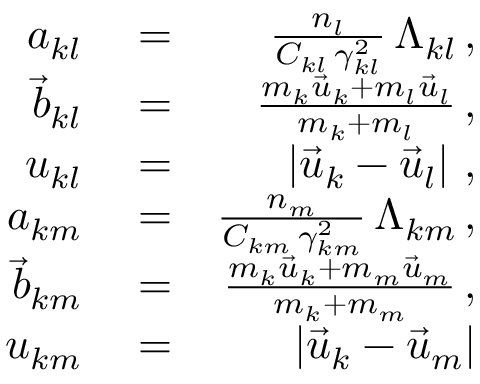
\begin{array} { r l r } { a _ { k l } } & { { } = } & { \frac { n _ { l } } { C _ { k l } \, \gamma _ { k l } ^ { 2 } } \, \Lambda _ { k l } \, , } \\ { \vec { b } _ { k l } } & { { } = } & { \frac { m _ { k } \vec { u } _ { k } + m _ { l } \vec { u } _ { l } } { m _ { k } + m _ { l } } \, , } \\ { u _ { k l } } & { { } = } & { \left| \vec { u } _ { k } - \vec { u } _ { l } \right| \, , } \\ { a _ { k m } } & { { } = } & { \frac { n _ { m } } { C _ { k m } \, \gamma _ { k m } ^ { 2 } } \, \Lambda _ { k m } \, , } \\ { \vec { b } _ { k m } } & { { } = } & { \frac { m _ { k } \vec { u } _ { k } + m _ { m } \vec { u } _ { m } } { m _ { k } + m _ { m } } \, , } \\ { u _ { k m } } & { { } = } & { \left| \vec { u } _ { k } - \vec { u } _ { m } \right| } \end{array}